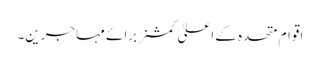
اقوام متحدہ کے اعلیٰ کمشنر برائے مہاجرین۔